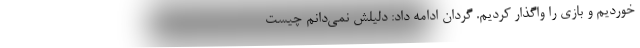
خوردیم و بازی را واگذار کردیم. گردان ادامه داد: دلیلش نمی‌دانم چیست